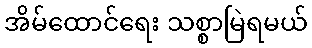
အိမ်ထောင်ရေး သစ္စာမြဲရမယ်